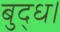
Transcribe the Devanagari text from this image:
बुद्ध।